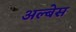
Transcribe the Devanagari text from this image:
अल्बेस